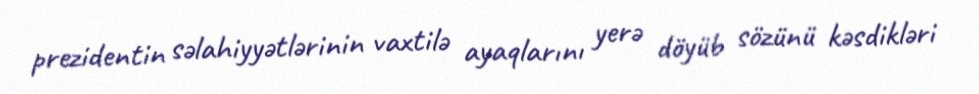
prezidentin səlahiyyətlərinin vaxtilə ayaqlarını yerə döyüb sözünü kəsdikləri